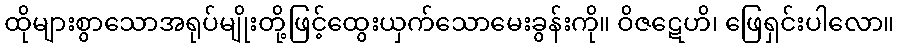
ထိုများစွာသောအရုပ်မျိုးတို့ဖြင့်ထွေးယှက်သောမေးခွန်းကို။ ဝိဇဋေဟိ၊ ဖြေရှင်းပါလော။